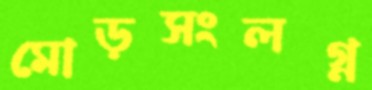
মোড়সংলগ্ন